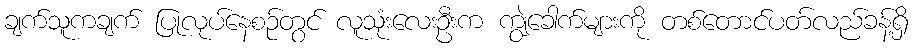
ချက်သူကချက် ပြုလုပ်နေစဉ်တွင် လူသုံးလေးဦးက ကျွဲခေါက်များကို တစ်တောင်ပတ်လည်ခန့်ရှိ